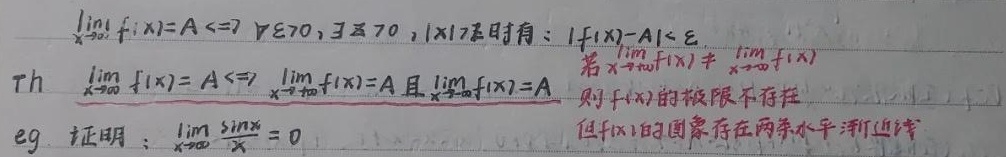
$\lim\limits_{x \to \infty} f(x)=A \Leftrightarrow \forall \varepsilon>0,\exists X > 0$，当\(|x|>X\)时有：\(|f(x)-A|<\varepsilon\)。
Th：\(\lim\limits_{x \to \infty} f(x)=A \Leftrightarrow \lim\limits_{x \to +\infty} f(x)=A\)且\(\lim\limits_{x \to -\infty} f(x)=A\) 。
若\(\lim\limits_{x \to +\infty} f(x)\neq\lim\limits_{x \to -\infty} f(x)\)，则\(f(x)\)的极限不存在。
eg. 证明：\(\lim\limits_{x \to \infty} \frac{\sin x}{x}=0\) ，但\(f(x)\)的图象存在两条水平渐近线。